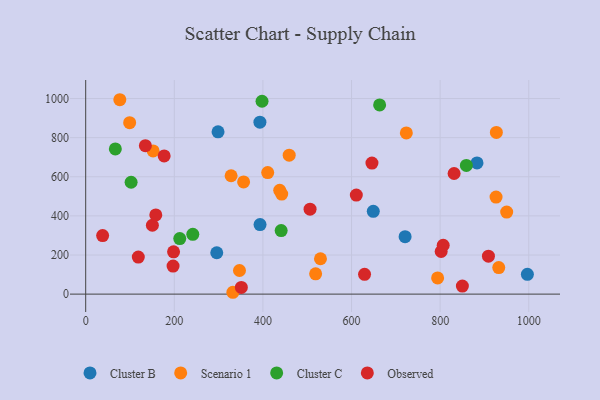
{"axis": {"x": "Investment", "y": "Fuel Efficiency"}, "legend": ["Cluster B", "Cluster C", "Observed", "Scenario 1"], "data": [{"x": "720.9", "y": 293.5, "type": "Cluster B"}, {"x": "295.8", "y": 211.4, "type": "Cluster B"}, {"x": "883.2", "y": 670.6, "type": "Cluster B"}, {"x": "649.1", "y": 423.1, "type": "Cluster B"}, {"x": "393.2", "y": 878.9, "type": "Cluster B"}, {"x": "393.5", "y": 355.4, "type": "Cluster B"}, {"x": "298.7", "y": 830.0, "type": "Cluster B"}, {"x": "996.9", "y": 101.0, "type": "Cluster B"}, {"x": "459.3", "y": 710.2, "type": "Scenario 1"}, {"x": "410.8", "y": 621.4, "type": "Scenario 1"}, {"x": "152.2", "y": 732.1, "type": "Scenario 1"}, {"x": "328.2", "y": 605.3, "type": "Scenario 1"}, {"x": "437.9", "y": 530.5, "type": "Scenario 1"}, {"x": "926.9", "y": 826.8, "type": "Scenario 1"}, {"x": "926.2", "y": 495.9, "type": "Scenario 1"}, {"x": "77.0", "y": 993.9, "type": "Scenario 1"}, {"x": "356.4", "y": 573.5, "type": "Scenario 1"}, {"x": "932.3", "y": 135.6, "type": "Scenario 1"}, {"x": "519.0", "y": 103.5, "type": "Scenario 1"}, {"x": "529.9", "y": 180.9, "type": "Scenario 1"}, {"x": "442.4", "y": 511.4, "type": "Scenario 1"}, {"x": "347.1", "y": 120.7, "type": "Scenario 1"}, {"x": "794.3", "y": 82.8, "type": "Scenario 1"}, {"x": "332.2", "y": 9.4, "type": "Scenario 1"}, {"x": "723.7", "y": 824.4, "type": "Scenario 1"}, {"x": "99.2", "y": 876.8, "type": "Scenario 1"}, {"x": "950.2", "y": 419.7, "type": "Scenario 1"}, {"x": "241.7", "y": 305.6, "type": "Cluster C"}, {"x": "66.9", "y": 742.2, "type": "Cluster C"}, {"x": "663.4", "y": 967.4, "type": "Cluster C"}, {"x": "398.0", "y": 986.0, "type": "Cluster C"}, {"x": "212.3", "y": 284.2, "type": "Cluster C"}, {"x": "102.5", "y": 571.9, "type": "Cluster C"}, {"x": "441.2", "y": 325.0, "type": "Cluster C"}, {"x": "859.2", "y": 657.9, "type": "Cluster C"}, {"x": "506.4", "y": 434.3, "type": "Observed"}, {"x": "850.2", "y": 41.2, "type": "Observed"}, {"x": "802.3", "y": 218.0, "type": "Observed"}, {"x": "629.4", "y": 101.3, "type": "Observed"}, {"x": "134.7", "y": 758.9, "type": "Observed"}, {"x": "150.5", "y": 352.0, "type": "Observed"}, {"x": "806.9", "y": 249.9, "type": "Observed"}, {"x": "38.2", "y": 299.2, "type": "Observed"}, {"x": "118.7", "y": 189.3, "type": "Observed"}, {"x": "197.2", "y": 143.5, "type": "Observed"}, {"x": "909.0", "y": 193.9, "type": "Observed"}, {"x": "831.5", "y": 616.8, "type": "Observed"}, {"x": "158.2", "y": 405.0, "type": "Observed"}, {"x": "351.3", "y": 34.0, "type": "Observed"}, {"x": "177.1", "y": 706.6, "type": "Observed"}, {"x": "198.3", "y": 216.3, "type": "Observed"}, {"x": "646.1", "y": 670.2, "type": "Observed"}, {"x": "610.8", "y": 506.3, "type": "Observed"}]}